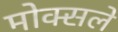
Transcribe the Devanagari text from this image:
मोक्सले